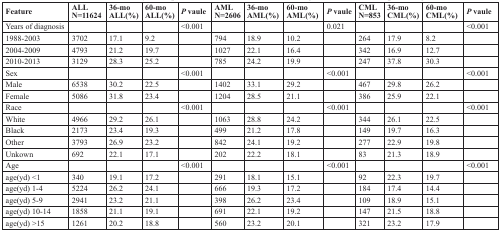
<table><thead><tr><td><b>Feature</b></td><td><b>ALL N=11624</b></td><td><b>36-mo ALL(%)</b></td><td><b>60-mo ALL(%)</b></td><td><b><i>P</i> vaule</b></td><td><b>AML N=2606</b></td><td><b>36-mo AML(%)</b></td><td><b>60-mo AML(%)</b></td><td><b><i>P</i> vaule</b></td><td><b>CML N=853</b></td><td><b>36-mo CML(%)</b></td><td><b>60-mo CML(%)</b></td><td><b><i>P</i> vaule</b></td></tr></thead><tbody><tr><td>Years of diagnosis</td><td></td><td></td><td></td><td>&lt;0.001</td><td></td><td></td><td></td><td>0.021</td><td></td><td></td><td></td><td>&lt;0.001</td></tr><tr><td>1988-2003</td><td>3702</td><td>17.1</td><td>9.2</td><td></td><td>794</td><td>18.9</td><td>10.2</td><td></td><td>264</td><td>17.9</td><td>8.2</td><td></td></tr><tr><td>2004-2009</td><td>4793</td><td>21.2</td><td>19.7</td><td></td><td>1027</td><td>22.1</td><td>16.4</td><td></td><td>342</td><td>16.9</td><td>12.7</td><td></td></tr><tr><td>2010-2013</td><td>3129</td><td>28.3</td><td>25.2</td><td></td><td>785</td><td>24.2</td><td>19.9</td><td></td><td>247</td><td>37.8</td><td>30.3</td><td></td></tr><tr><td>Sex</td><td></td><td></td><td></td><td>&lt;0.001</td><td></td><td></td><td></td><td>&lt;0.001</td><td></td><td></td><td></td><td>&lt;0.001</td></tr><tr><td>Male</td><td>6538</td><td>30.2</td><td>22.5</td><td></td><td>1402</td><td>33.1</td><td>29.2</td><td></td><td>467</td><td>29.8</td><td>26.2</td><td></td></tr><tr><td>Female</td><td>5086</td><td>31.8</td><td>23.4</td><td></td><td>1204</td><td>28.5</td><td>21.1</td><td></td><td>386</td><td>25.9</td><td>22.1</td><td></td></tr><tr><td>Race</td><td></td><td></td><td></td><td>&lt;0.001</td><td></td><td></td><td></td><td>&lt;0.001</td><td></td><td></td><td></td><td>&lt;0.001</td></tr><tr><td>White</td><td>4966</td><td>29.2</td><td>26.1</td><td></td><td>1063</td><td>28.8</td><td>24.2</td><td></td><td>344</td><td>26.1</td><td>22.5</td><td></td></tr><tr><td>Black</td><td>2173</td><td>23.4</td><td>19.3</td><td></td><td>499</td><td>21.2</td><td>17.8</td><td></td><td>149</td><td>19.7</td><td>16.3</td><td></td></tr><tr><td>Other</td><td>3793</td><td>26.9</td><td>23.2</td><td></td><td>842</td><td>24.1</td><td>19.2</td><td></td><td>277</td><td>22.9</td><td>19.8</td><td></td></tr><tr><td>Unkown</td><td>692</td><td>22.1</td><td>17.1</td><td></td><td>202</td><td>22.2</td><td>18.1</td><td></td><td>83</td><td>21.3</td><td>18.9</td><td></td></tr><tr><td>Age</td><td></td><td></td><td></td><td>&lt;0.001</td><td></td><td></td><td></td><td>&lt;0.001</td><td></td><td></td><td></td><td>&lt;0.001</td></tr><tr><td>age(yd) &lt;1</td><td>340</td><td>19.1</td><td>17.2</td><td></td><td>291</td><td>18.1</td><td>15.1</td><td></td><td>92</td><td>22.3</td><td>19.7</td><td></td></tr><tr><td>age(yd) 1-4</td><td>5224</td><td>26.2</td><td>24.1</td><td></td><td>666</td><td>19.3</td><td>17.2</td><td></td><td>184</td><td>17.4</td><td>14.4</td><td></td></tr><tr><td>age(yd) 5-9</td><td>2941</td><td>23.2</td><td>21.1</td><td></td><td>398</td><td>26.2</td><td>23.4</td><td></td><td>109</td><td>18.9</td><td>15.1</td><td></td></tr><tr><td>age(yd) 10-14</td><td>1858</td><td>21.1</td><td>19.1</td><td></td><td>691</td><td>22.1</td><td>19.2</td><td></td><td>147</td><td>21.5</td><td>18.8</td><td></td></tr><tr><td>age(yd) &gt;15</td><td>1261</td><td>20.2</td><td>18.8</td><td></td><td>560</td><td>23.2</td><td>20.1</td><td></td><td>321</td><td>23.2</td><td>17.9</td><td></td></tr></tbody></table>